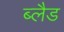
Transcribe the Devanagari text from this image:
ब्लैड